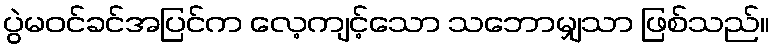
ပွဲမဝင်ခင်အပြင်က လေ့ကျင့်သော သဘောမျှသာ ဖြစ်သည်။